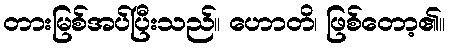
တားမြစ်အပ်ပြီးသည်။ ဟောတိ၊ ဖြစ်တော့၏။